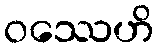
ဝဿေဟိ